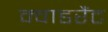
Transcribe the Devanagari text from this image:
क्वाडरैंट